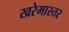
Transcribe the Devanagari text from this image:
खरेमास्तर